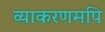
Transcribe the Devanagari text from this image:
व्याकरणमपि